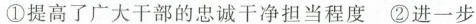
①提高了广大干部的忠诚干净担当程度 ②进一步